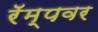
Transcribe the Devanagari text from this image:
रॅम्पवर